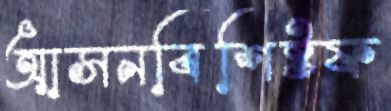
আসনবিশিষ্টফ